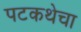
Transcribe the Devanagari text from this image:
पटकथेचा